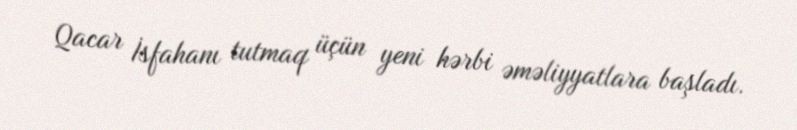
Qacar İsfahanı tutmaq üçün yeni hərbi əməliyyatlara başladı.